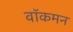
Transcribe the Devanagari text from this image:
वॉकमन